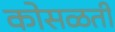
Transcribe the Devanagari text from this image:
कोसळती